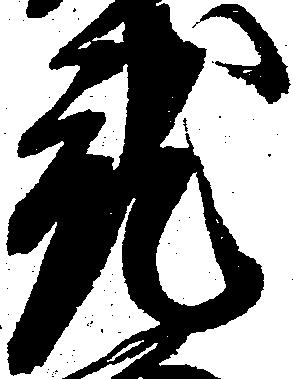
就